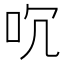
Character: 㕴